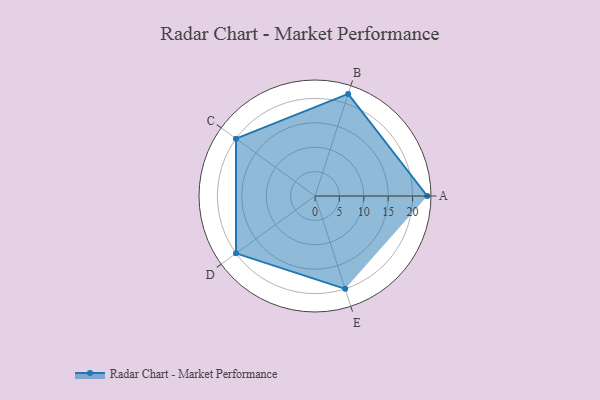
{"axis": {"x": "Skill", "y": "Score"}, "legend": ["Profile"], "data": [{"x": "A", "y": 23.0, "type": "Profile"}, {"x": "B", "y": 22.0, "type": "Profile"}, {"x": "C", "y": 20, "type": "Profile"}, {"x": "D", "y": 20, "type": "Profile"}, {"x": "E", "y": 20, "type": "Profile"}]}